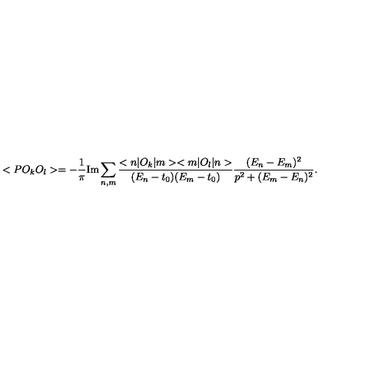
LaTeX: < P O _ { k } O _ { l } > = \nonumber - \frac { 1 } { \pi } \mathrm { I m } \sum _ { n , m } \frac { < n | O _ { k } | m > < m | O _ { l } | n > } { ( E _ { n } - t _ { 0 } ) ( E _ { m } - t _ { 0 } ) } \frac { ( E _ { n } - E _ { m } ) ^ { 2 } } { p ^ { 2 } + ( E _ { m } - E _ { n } ) ^ { 2 } } .